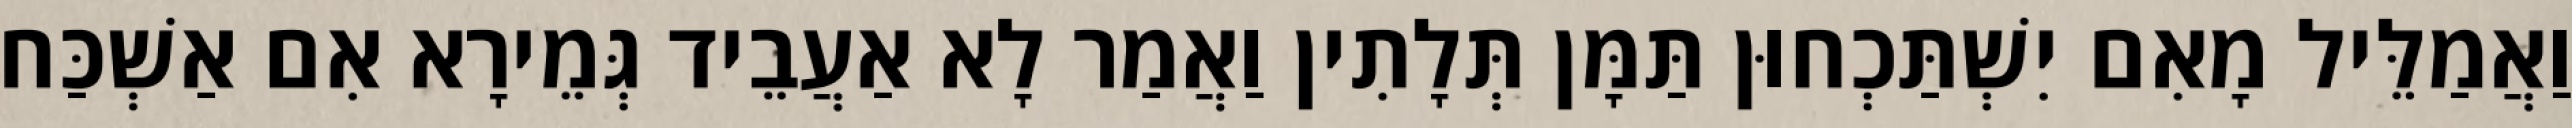
וַאֲמַלֵּיל מָאִם יִשְׁתַּכְחוּן תַּמָּן תְּלָתִין וַאֲמַר לָא אַעֲבֵיד גְּמֵירָא אִם אַשְׁכַּח